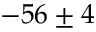
- 5 6 \pm 4